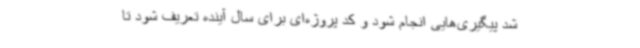
شد پیگیری‌هایی انجام شود و کد پروژه‌ای برای سال آینده تعریف شود تا